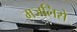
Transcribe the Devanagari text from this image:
मजलिसे